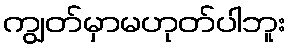
ကျွတ်မှာမဟုတ်ပါဘူး